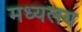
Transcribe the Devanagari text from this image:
मध्‍यलय